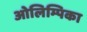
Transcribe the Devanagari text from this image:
ओलिम्पिका